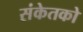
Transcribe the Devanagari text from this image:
संकेतको